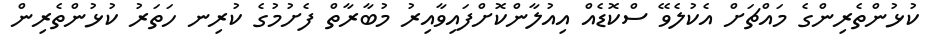
ކުޅުންތެރިންގެ މައްޗަށް އެކުލެވޭ ސްކޮޑެއް އިއުލާންކޮށްފައިވާއިރު މުބާރާތް ފެށުމުގެ ކުރިނ ހަތަރު ކުޅުންތެރިން